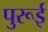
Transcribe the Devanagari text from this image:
पुरूई